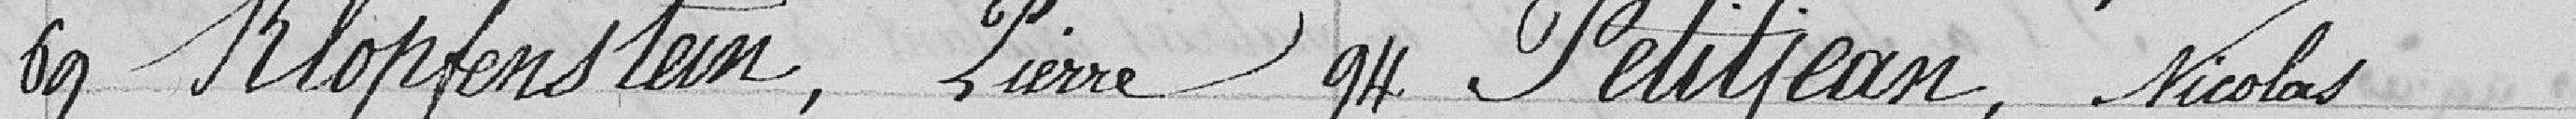
69 Klopfenstein, Pierre          94 Petitjean, Nicolas